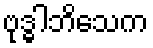
ဗုဒ္ဓါဘိသေက